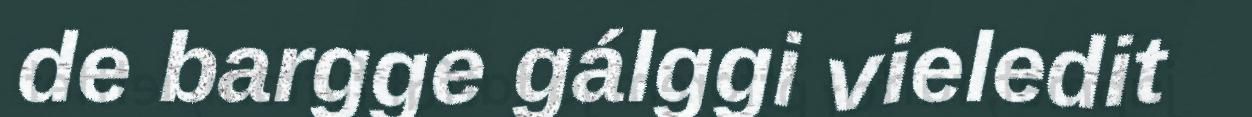
de bargge gálggi vieledit